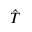
\hat { T }